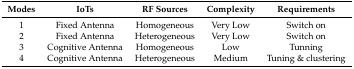
<table><thead><tr><td><b>Modes</b></td><td><b>IoTs</b></td><td><b>RF Sources</b></td><td><b>Complexity</b></td><td><b>Requirements</b></td></tr></thead><tbody><tr><td>1</td><td>Fixed Antenna</td><td>Homogeneous</td><td>Very Low</td><td>Switch on</td></tr><tr><td>2</td><td>Fixed Antenna</td><td>Heterogeneous</td><td>Very Low</td><td>Switch on</td></tr><tr><td>3</td><td>Cognitive Antenna</td><td>Homogeneous</td><td>Low</td><td>Tunning</td></tr><tr><td>4</td><td>Cognitive Antenna</td><td>Heterogeneous</td><td>Medium</td><td>Tuning &amp; clustering</td></tr></tbody></table>